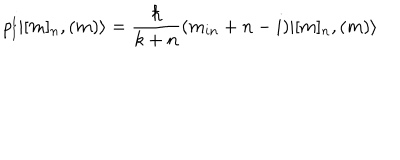
LaTeX: p _ { l } ^ { i } | [ m ] _ { n } , ( m ) \rangle = \frac { \hbar } { k + n } ( m _ { i n } + n - i ) | [ m ] _ { n } , ( m ) \rangle